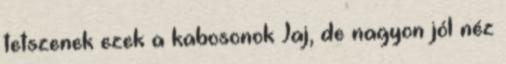
tetszenek ezek a kabosonok Jaj, de nagyon jól néz